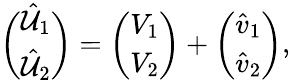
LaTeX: \binom{\hat{{\cal U}}_{1}}{\hat{{\cal U}}_{2}}=\binom{V_{1}}{V_{2}}+\binom{\hat{v}_{1}}{\hat{v}_{2}},